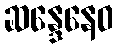
ဆန္ဒေနေဝ